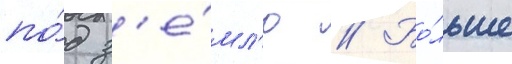
по́д з'е́мл'ю // Бо́льше